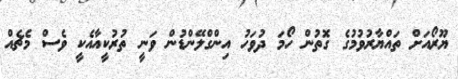
ޔޫރޯއަށް ތައްޔާރުވުމުގެ ގޮތުން ހޯމަ ދުވަހު އިންގްލޭންޑުން ވަނީ ތުރުކީއާއެކީ ވެސް މެޗެއް